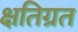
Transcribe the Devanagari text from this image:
क्षतिग्रत